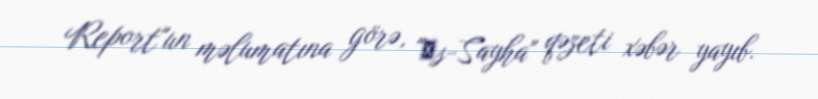
Report"un məlumatına görə, "Аs-Sayha" qəzeti xəbər yayıb.